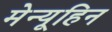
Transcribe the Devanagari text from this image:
मेन्यूहिन